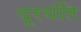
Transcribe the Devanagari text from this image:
दूरयंति